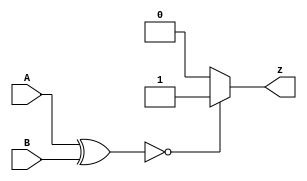
module top_module ( input [1:0] A, input [1:0] B, output z );

    wire [1:0]d;
	assign d = A ^ B;

    assign z = (d == 2'b00)? 1 : 0;
    //assign z = (A == B)? 1 : 0;
endmodule